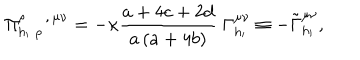
LaTeX: \Pi _ { h _ { \prime } \; \rho \, } ^ { \rho \; , \, \mu \nu } = - \kappa \frac { a + 4 c + 2 d } { a \left( a + 4 b \right) } \; \Gamma _ { h _ { \prime } } ^ { \mu \nu } \equiv - \tilde { \Gamma } _ { h _ { \prime } } ^ { \mu \nu } ,